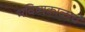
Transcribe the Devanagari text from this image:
भविष्यकाळाचे